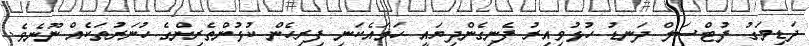
ދަޑިމަގު ފުޓްސަލް ދަނޑު ހުޅުވިއިރު ފެނިގެންދިޔައީ ހަމައެކަނި ފިރިހެން ކުޅުންތެރިިންގެ ހުނަރުތަކެއް ނޫނެވެ.